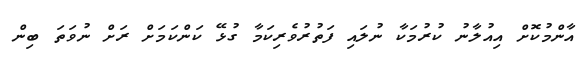
އާންމުކޮށް އިއުލާނު ކުރުމަކާ ނުލައި ފަތުރުވެރިކަމާ ގުޅޭ ކަންކަމަށް ރަށް ނުވަތަ ބިން